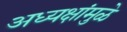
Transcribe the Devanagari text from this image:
अध्यक्षांमुळे